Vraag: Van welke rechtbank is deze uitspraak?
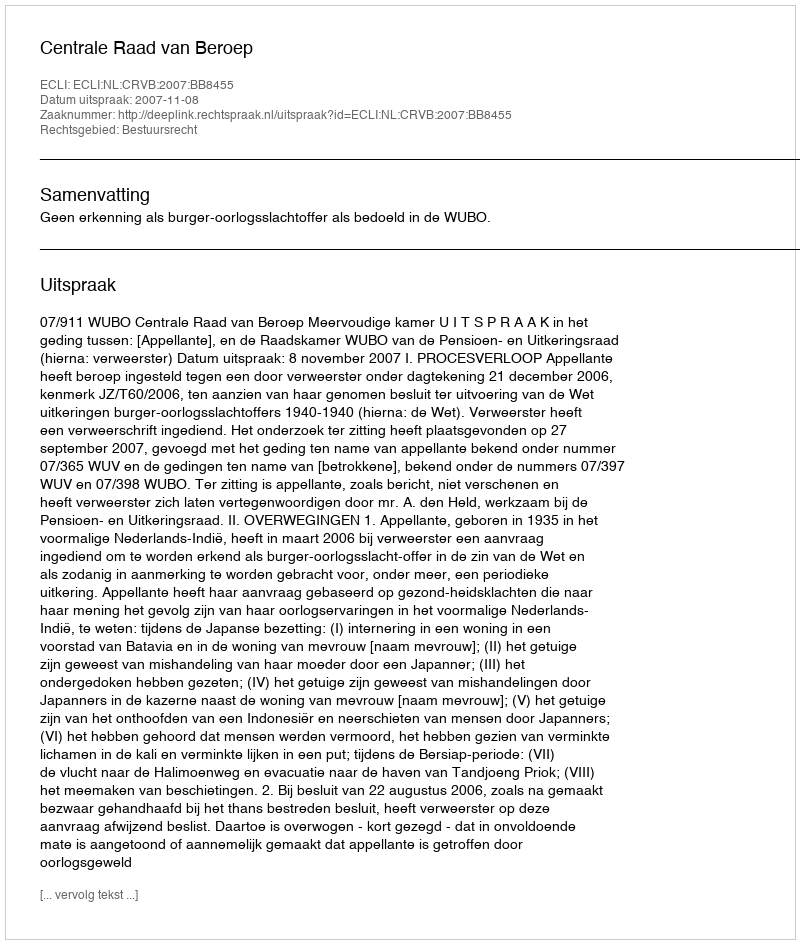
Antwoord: Centrale Raad van Beroep